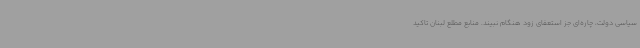
سیاسی دولت، چاره‌ای جز استعفای زود هنگام نبیند. منابع مطلع لبنان تاکید